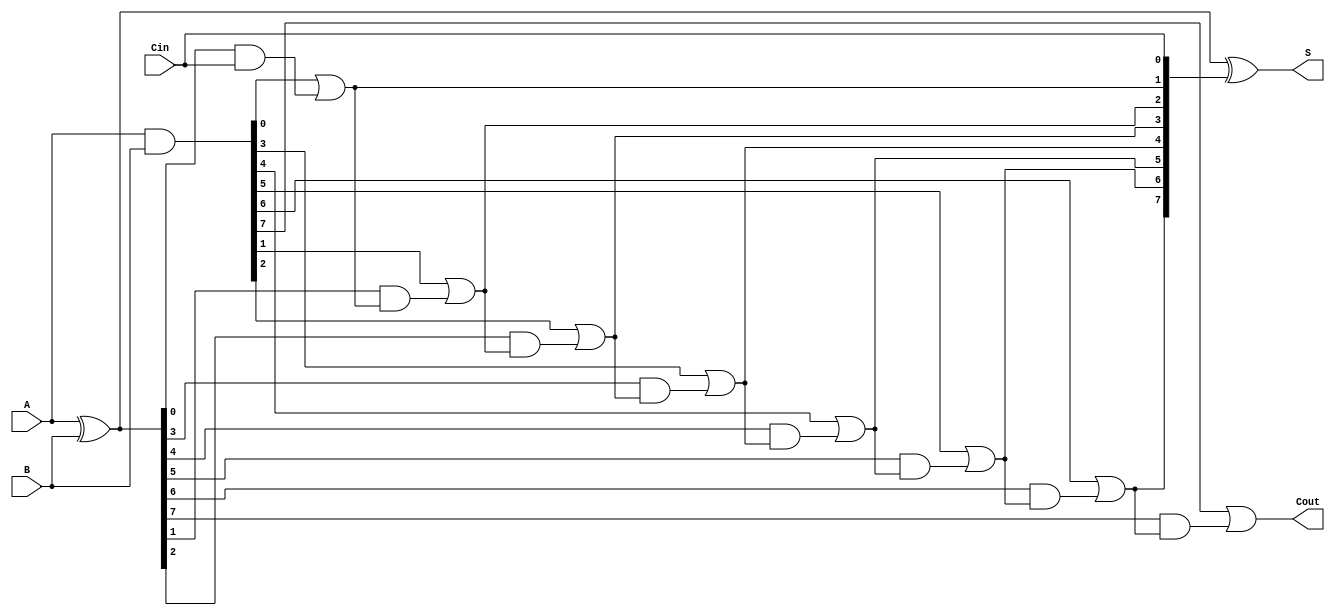
module KoggeStoneAdder #(parameter N = 8) (
    input  wire [N-1:0] A,      // First operand
    input  wire [N-1:0] B,      // Second operand
    input  wire         Cin,     // Carry input
    output wire [N-1:0] S,       // Sum output
    output wire         Cout      // Carry output
);

    // Generate and propagate signals
    wire [N-1:0] G; // Generate signals
    wire [N-1:0] P; // Propagate signals
    wire [N:0] C;   // Carry signals

    // Generate (G) and Propagate (P) calculation
    assign G = A & B;        // Generate
    assign P = A ^ B;        // Propagate

    // Carry signals initialization
    assign C[0] = Cin;       // Initial carry input

    // Kogge-Stone Carry Generation
    genvar i, j;
    generate
        for (i = 0; i < N; i = i + 1) begin : carry_generation
            // Generate carry for each bit position
            if (i == 0) begin
                assign C[i + 1] = G[i] | (P[i] & C[i]);
            end else begin
                assign C[i + 1] = G[i] | (P[i] & C[i]);
            end
        end
    endgenerate

    // Sum calculation
    assign S = P ^ C[N-1:0]; // Sum output

    // Carry out
    assign Cout = C[N];

endmodule